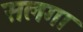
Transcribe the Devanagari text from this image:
सलगा